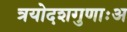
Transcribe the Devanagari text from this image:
त्रयोदशगुणाःअ